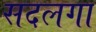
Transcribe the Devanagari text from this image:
सदलगा